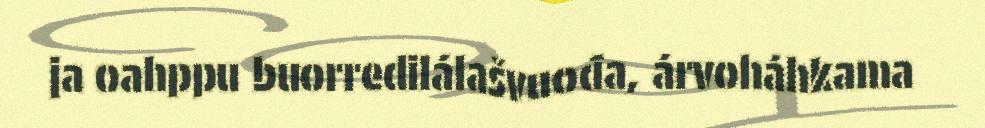
ja oahppu buorredilálašvuođa, árvoháhkama